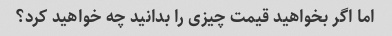
اما اگر بخواهید قیمت چیزی را بدانید چه خواهید کرد؟